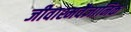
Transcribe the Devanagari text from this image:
जीवाश्मवैज्ञानिक